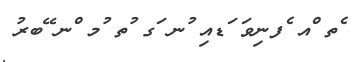
ެތ ްއ ެފނިވަ ަޑއި ުނ ަގ ުތ ުމ ްނ ޭބރު